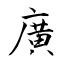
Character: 廣